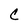
Character: C